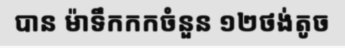
បាន ម៉ាទឹកកកចំនួន ១២ថង់តូច